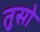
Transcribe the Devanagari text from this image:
तुसो